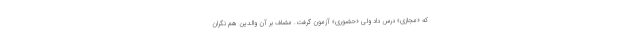
که «مجازی» درس داد ولی «حضوری» آزمون گرفت. مضاف بر آن والدین هم نگران